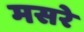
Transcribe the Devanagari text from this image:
मसरे